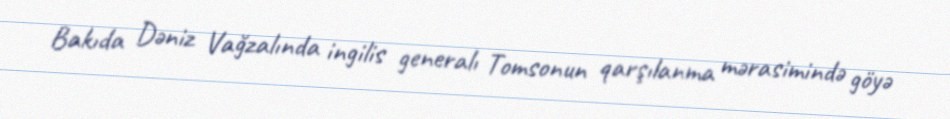
Bakıda Dəniz Vağzalında ingilis generalı Tomsonun qarşılanma mərasimində göyə